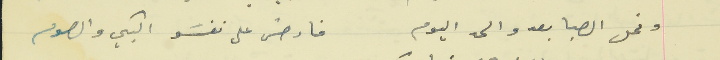
ونحل الصبا بعدو الحد اليوم                                  فارض على نفسَو البكي والصوم